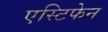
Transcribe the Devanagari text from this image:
एस्टिफेन